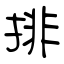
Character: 排